Lunatic asylums Madras 1892-1911 - 1892-1911
Year: 1892
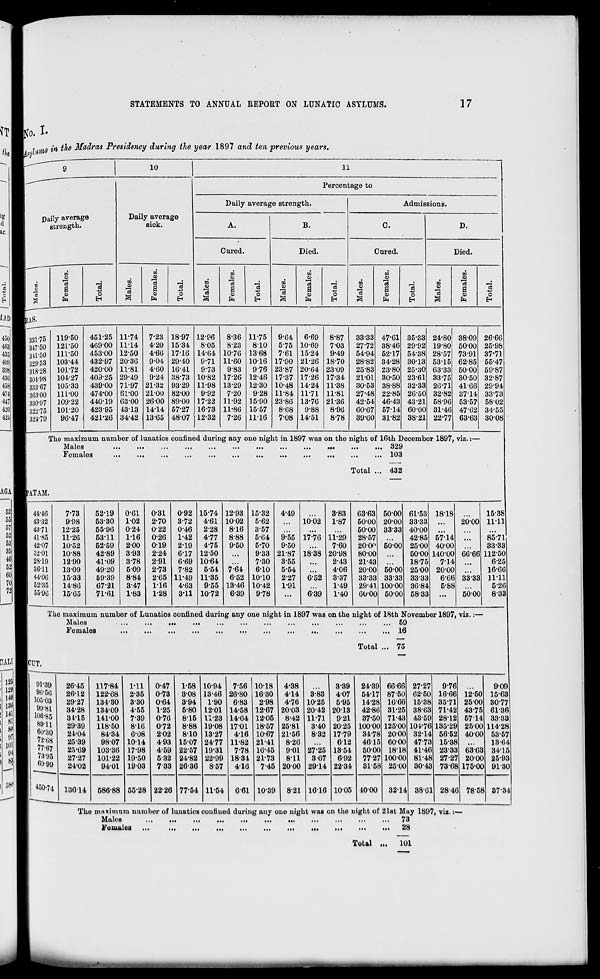
STATEMENTS TO ANNUAL REPORT ON LUNATIC ASYLUMS.
17
Co. I.
I25j|
129J
14W|
I3lii
141|
81
80:
9"i
101!
94
83,
o^
; KS *' *» $16 Madras Presidency during the year 1897 and ten previous years.
Da
9
10
11
ily average
Daily average
Percentage to
Daily average strength.
Admissions.
>g
ll
ar.
i strength.
sick.
A.
B.
C.
D.
1
Cured.
Died.
Cured.
Died.
"•
m
n
m
m
to
n
.
•a
.
m
03
73
j
n
73
•
CO
c3
.
n
<0
73
n
73
.
a
HAS.
a
a
O
a a>
fa
3
o
El
a
s
fa
e3
73
a
03
fa
3
CD
3
a
OB
fa
3
o
7s
a
fa
c3
O
EH
1AI)|
450
331'75
119-50
451-25 11-74
723 18-97 1296
8-36 11-75
9-64
6-69
8-87
33-33 47-61 35-33 24-80 38-09 26-66
46a
347 4 50
121-50
469-00 11-14
4-20 1534
8-05
8-23
8-10
5-75 10-69
7-03
27-72 3846 29-92 19-80 50-00 25-98
435
34.1-50
111-50
453-00 12-50
4-66 17-16 14-64 1076 13-68
7-61 15-24
9-49
54-94 52-17 54-38 28-57 73-91 37-71
400 1
329'53
103-44
432-97 20-36
9-04 29-40
9-71 11-60 10-16 17-90 21-26 18-70
28-82 34-28 30-13 53-15 62-85 55-47
398
318-28
101-72
42000 11-81
4-60 16-41
9-73
983
976 23-87 20-64 23-09
25-83 23-80 25-30 6333 50-00 59-87
430
304-98
104-27
403-25 29-49
9-24 38-73 10-82 17-26 12-46 17-37 17-26 17-34
21-01 30-50 23-61 33-75 30-50 32-87
458
333-67
105-33
439-00 71-97 21-32 9329 11-98 13-29 12-30 10-48 14-24 11-38
30-53 38-88 32-33 26-71 41-66 29-94
474
3(53-00
111-00
474-00 61-00 2100 82-00
9-92
7-20
9-28 11-84 11-71 11-81
27-48 22-85 26-50 32-82 37-14 33-73
44"
330-97
109-22
440-19 63-00 2600 89-00 1722 11-92 15-90 23-80 13-76 2136
42-54 46-43 43-21 58-96 53-57 58-02
420
32r75
101-20
423-95 4313 14-14 57-27 16-73 11-86 15-57
8-68
9-88
8-96
60-67 57-14 60-00 31-46 47-62 34-55
426
324-79
96-47
421*26 34-42 13-65 48-07 12-32
7-26 11-16
7-08 14-51
8-78
39-60 3182 3821 22-77 63-63 30-08
1 ?he maxir aum num ber of lunatics confint sd during any one nig] it in 18 97 was on the night o: ' 16th I )ecemb sr 1897, viz.:—
Males
.
...
...
...
...
...
...
...
...
... 32S ►
Foma 03
Total ,
.. 103
.. 432
AGAB PATAM.
52
44-46
7-73
52-19
0-61
0-31
0-92 15-74 12-93 15-32
4-49
3-83
63-63 50-00 61-53 18-18
1538
B( 1
43-32
9-98
5330
102
2-70
3-72
4-61 1002
5-62
1002
1-87
50-00 20-00 33-33
20-00 1111
61
4371
12-25
55-96
0-24
022
0-46
2-28
8-16
3-57
50-00 33-33 40-00
,
51
41-85
1126
5311
1-16
0-26
1-42
4-77
8-88
5-64
9-55 17-76 11-29
28-57
42-85 57-14
85-71
bi 1 42-07 10-52 52-59 200 019 2-19 4-75 9-50 5-70 9-50
7-60
200f 50-OC 25-OC 40-OC 1 ...
33-33
3i
32-01
10-88
42-89
3-93
2-24
6-17 12-50
9-33 21-87 18-38 20-98
80-00
500C 1 140-OC 1 60-66 112-50
41
28-19
12-90
41-09
3-78
2-91
6-69 10-64
7-30
3-55
2-43
21-43
18-7E »
7-14 1. ...
625
t >
3611
13-09
49-20
5-09
2-73
7-82
5-54 764
610
5-54
4-06
20-OC 500C 1 250( ) 200C ) ...
16-66
6( i 1
44-06
15-33
59-39
8-84
2-65 11-49 11-35
6-52 10-10
2-27
6-52
3-37
33-32 333f 1 33-3J t
66( 5 33-32 1111
7< 1 1
52-35
14-80
6721
347
116
4-63
9-55 13-46 10-42
1-91
1-49
29-41 1000( ) 36-84 l
5-8t 1 ...
5-26
7 J 1
55-96
15-G5
71-61
1-83
1-28
3-11 10-72
6-39
978
...
6-39
1-40
0O0( ) 50-0( ) 58-31 1
...
500C »
8-33
1
The maximum number of Lunatics confined during any one night in 1897 was on tho night of 18th November 1897, viz.:—
Males
...
...
...
...
...
...
...
...
...
...
...
... 59
Females
...
...
...
...
...
...
...
...
...
...
...
... 16
CUT.
Total ... 75
91-39
26-45
11784
rii 0-47 1-58 10-94 756 10-18 4-38
3-39
24-39 66-66 27-27
9-76
909
96-56
26-12
122-68
2-35
0-73
3-08 13-46 26-80 16-30
414
383
407
54-17 87-50 62-50 16-66 12-50 1563
105*08
29-27
134-30
330
0-64
3-94
1-90
6-83
2-98
4-76 10-25
5-95
14-28 1666 15-38 35-71 25-00 30-77
99-81
34-28
13409
4-55
1-25
5-80 1201 14-58 12-67 2003 20-42 2013
42-86 31-25 38-63 71-42 43-75 61-36
106-85
3415
141-00
7-39
0-76
815 11-23 14-64 12-05
8-42 11-71
921
37-50 7143 43-59 2812 5714 33-33
8911
29-39
118-50
8-16
072
8-88 19-08 1701 18-57 25-81
3-40 20-25 10000 125-00 104-76 135-29 25-00 114-28
60-30
24-04
84-34
6-08
202
810 13-27
4-16 10-67 21-56
8-32 1779
34-78 2000 3214 5652 4000 53-57
72-08
25-39
98-07 1014
4-93 15-07 24-77 11-82 2141
8-26
612
4615 60-00 4773 15-38
13-64
77-67
25-69
103-30 17-98
4-59 22-57 19-31
7-78 16-45
901 2725 13-54
50-00 18-18 41-46 2333 63-63 3415
73-95
27-27
101-22 19-50
5-32 24-82 22'99 18-34 2173
811
3 67
6-92
77-27 10000 81-48 27-27 2000 25-93
68-08
450-74
24-02
9401 1903
733 26-36
8-57
416
7-45 2000 29-14 22-34
31-58 25-00 30-43 73-68 175-00 9130
13614
586-88 55-28 22-26 77-54 11-54
661 10-39
8-21 1616 10-05 1000
3214 38-01 28-46 78-58 8734
Tho maximum number of lunatics confiued during any one night was on the night of 21st May 1897, viz.:—
Males
...
73
a ouiaios ...
...
■■•
...
in
...
...
...
••■
...
III
— o
Total ...
101